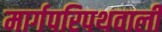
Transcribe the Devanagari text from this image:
मार्गपरिपथवाली